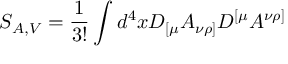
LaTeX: S _ { A , V } = \frac { 1 } { 3 ! } \int d ^ { 4 } x D _ { [ \mu } A _ { \nu \rho ] } D ^ { [ \mu } A ^ { \nu \rho ] }